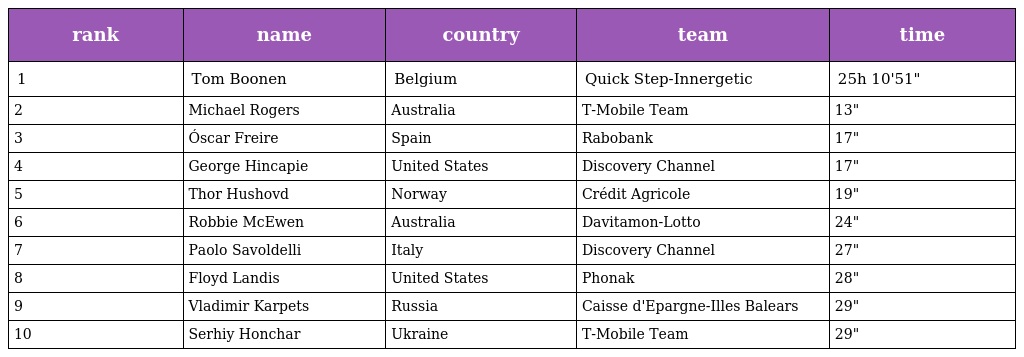
| rank | name | country | team | time |
 | --- | --- | --- | --- | --- |
 | 1 | Tom Boonen | Belgium | Quick Step-Innergetic | 25h 10'51" |
 | 2 | Michael Rogers | Australia | T-Mobile Team | 13" |
 | 3 | Óscar Freire | Spain | Rabobank | 17" |
 | 4 | George Hincapie | United States | Discovery Channel | 17" |
 | 5 | Thor Hushovd | Norway | Crédit Agricole | 19" |
 | 6 | Robbie McEwen | Australia | Davitamon-Lotto | 24" |
 | 7 | Paolo Savoldelli | Italy | Discovery Channel | 27" |
 | 8 | Floyd Landis | United States | Phonak | 28" |
 | 9 | Vladimir Karpets | Russia | Caisse d'Epargne-Illes Balears | 29" |
 | 10 | Serhiy Honchar | Ukraine | T-Mobile Team | 29" |